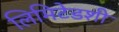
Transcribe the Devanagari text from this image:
लिमिटेडशी